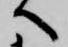
へ